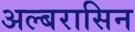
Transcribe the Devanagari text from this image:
अल्बरासिन